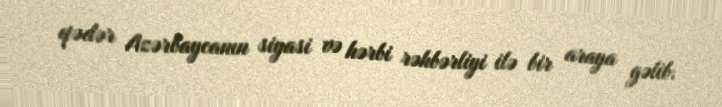
qədər Azərbaycanın siyasi və hərbi rəhbərliyi ilə bir araya gəlib.